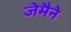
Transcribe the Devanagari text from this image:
जेमैने